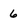
Character: 6